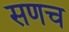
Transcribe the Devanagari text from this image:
सणच